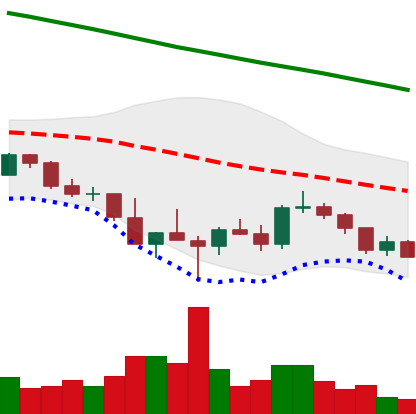
Ticker: ADA-USD
Chart end date: 2022-03-06
Forward return: -4.082%
Label: down_3_5